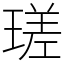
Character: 瑳